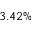
3 . 4 2 \%